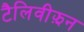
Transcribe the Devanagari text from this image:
टैलिवीझ़न